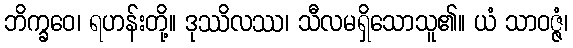
ဘိက္ခဝေ၊ ရဟန်းတို့။ ဒုဿိလဿ၊ သီလမရှိသောသူ၏။ ယံ သာဝဇ္ဇံ၊